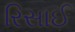
રિસાઈ